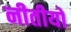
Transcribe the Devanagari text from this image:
नीतीयों